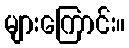
များကြောင်း။